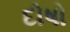
દોષો